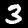
Label: 3